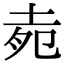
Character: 𡋞